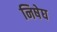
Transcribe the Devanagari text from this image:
निषेघ